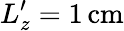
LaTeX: L_{z}^{\prime}=1\, \mathrm{cm}